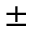
\pm